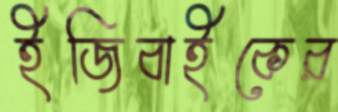
ইজিবাইকের